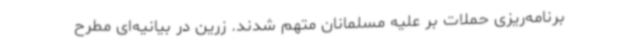
برنامه‌ریزی حملات بر علیه مسلمانان متهم شدند. زرین در بیانیه‌ای مطرح